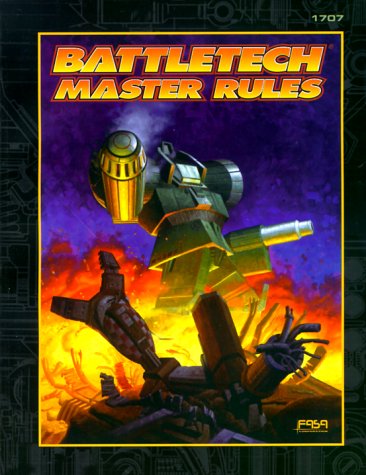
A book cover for Battletech Master Rules (Battletech Series); Science Fiction & Fantasy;